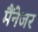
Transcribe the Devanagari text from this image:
मैंनेजर